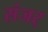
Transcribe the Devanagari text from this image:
संजर्